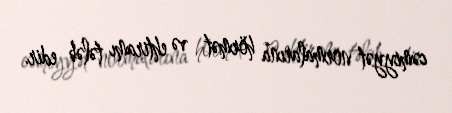
cəmiyyət normalarına hörmət və ehtiramı tələb edir.